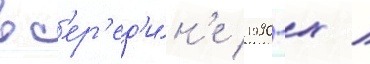
в с'ер'ед'и́н'е 1990-х /